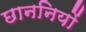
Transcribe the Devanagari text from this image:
छाननियों